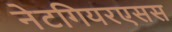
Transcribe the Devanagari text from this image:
नेटगियरएसस